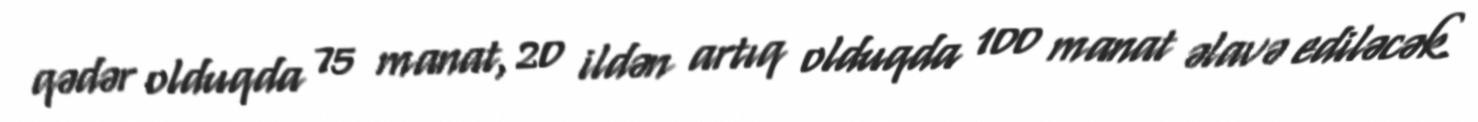
qədər olduqda 75 manat, 20 ildən artıq olduqda 100 manat əlavə ediləcək.